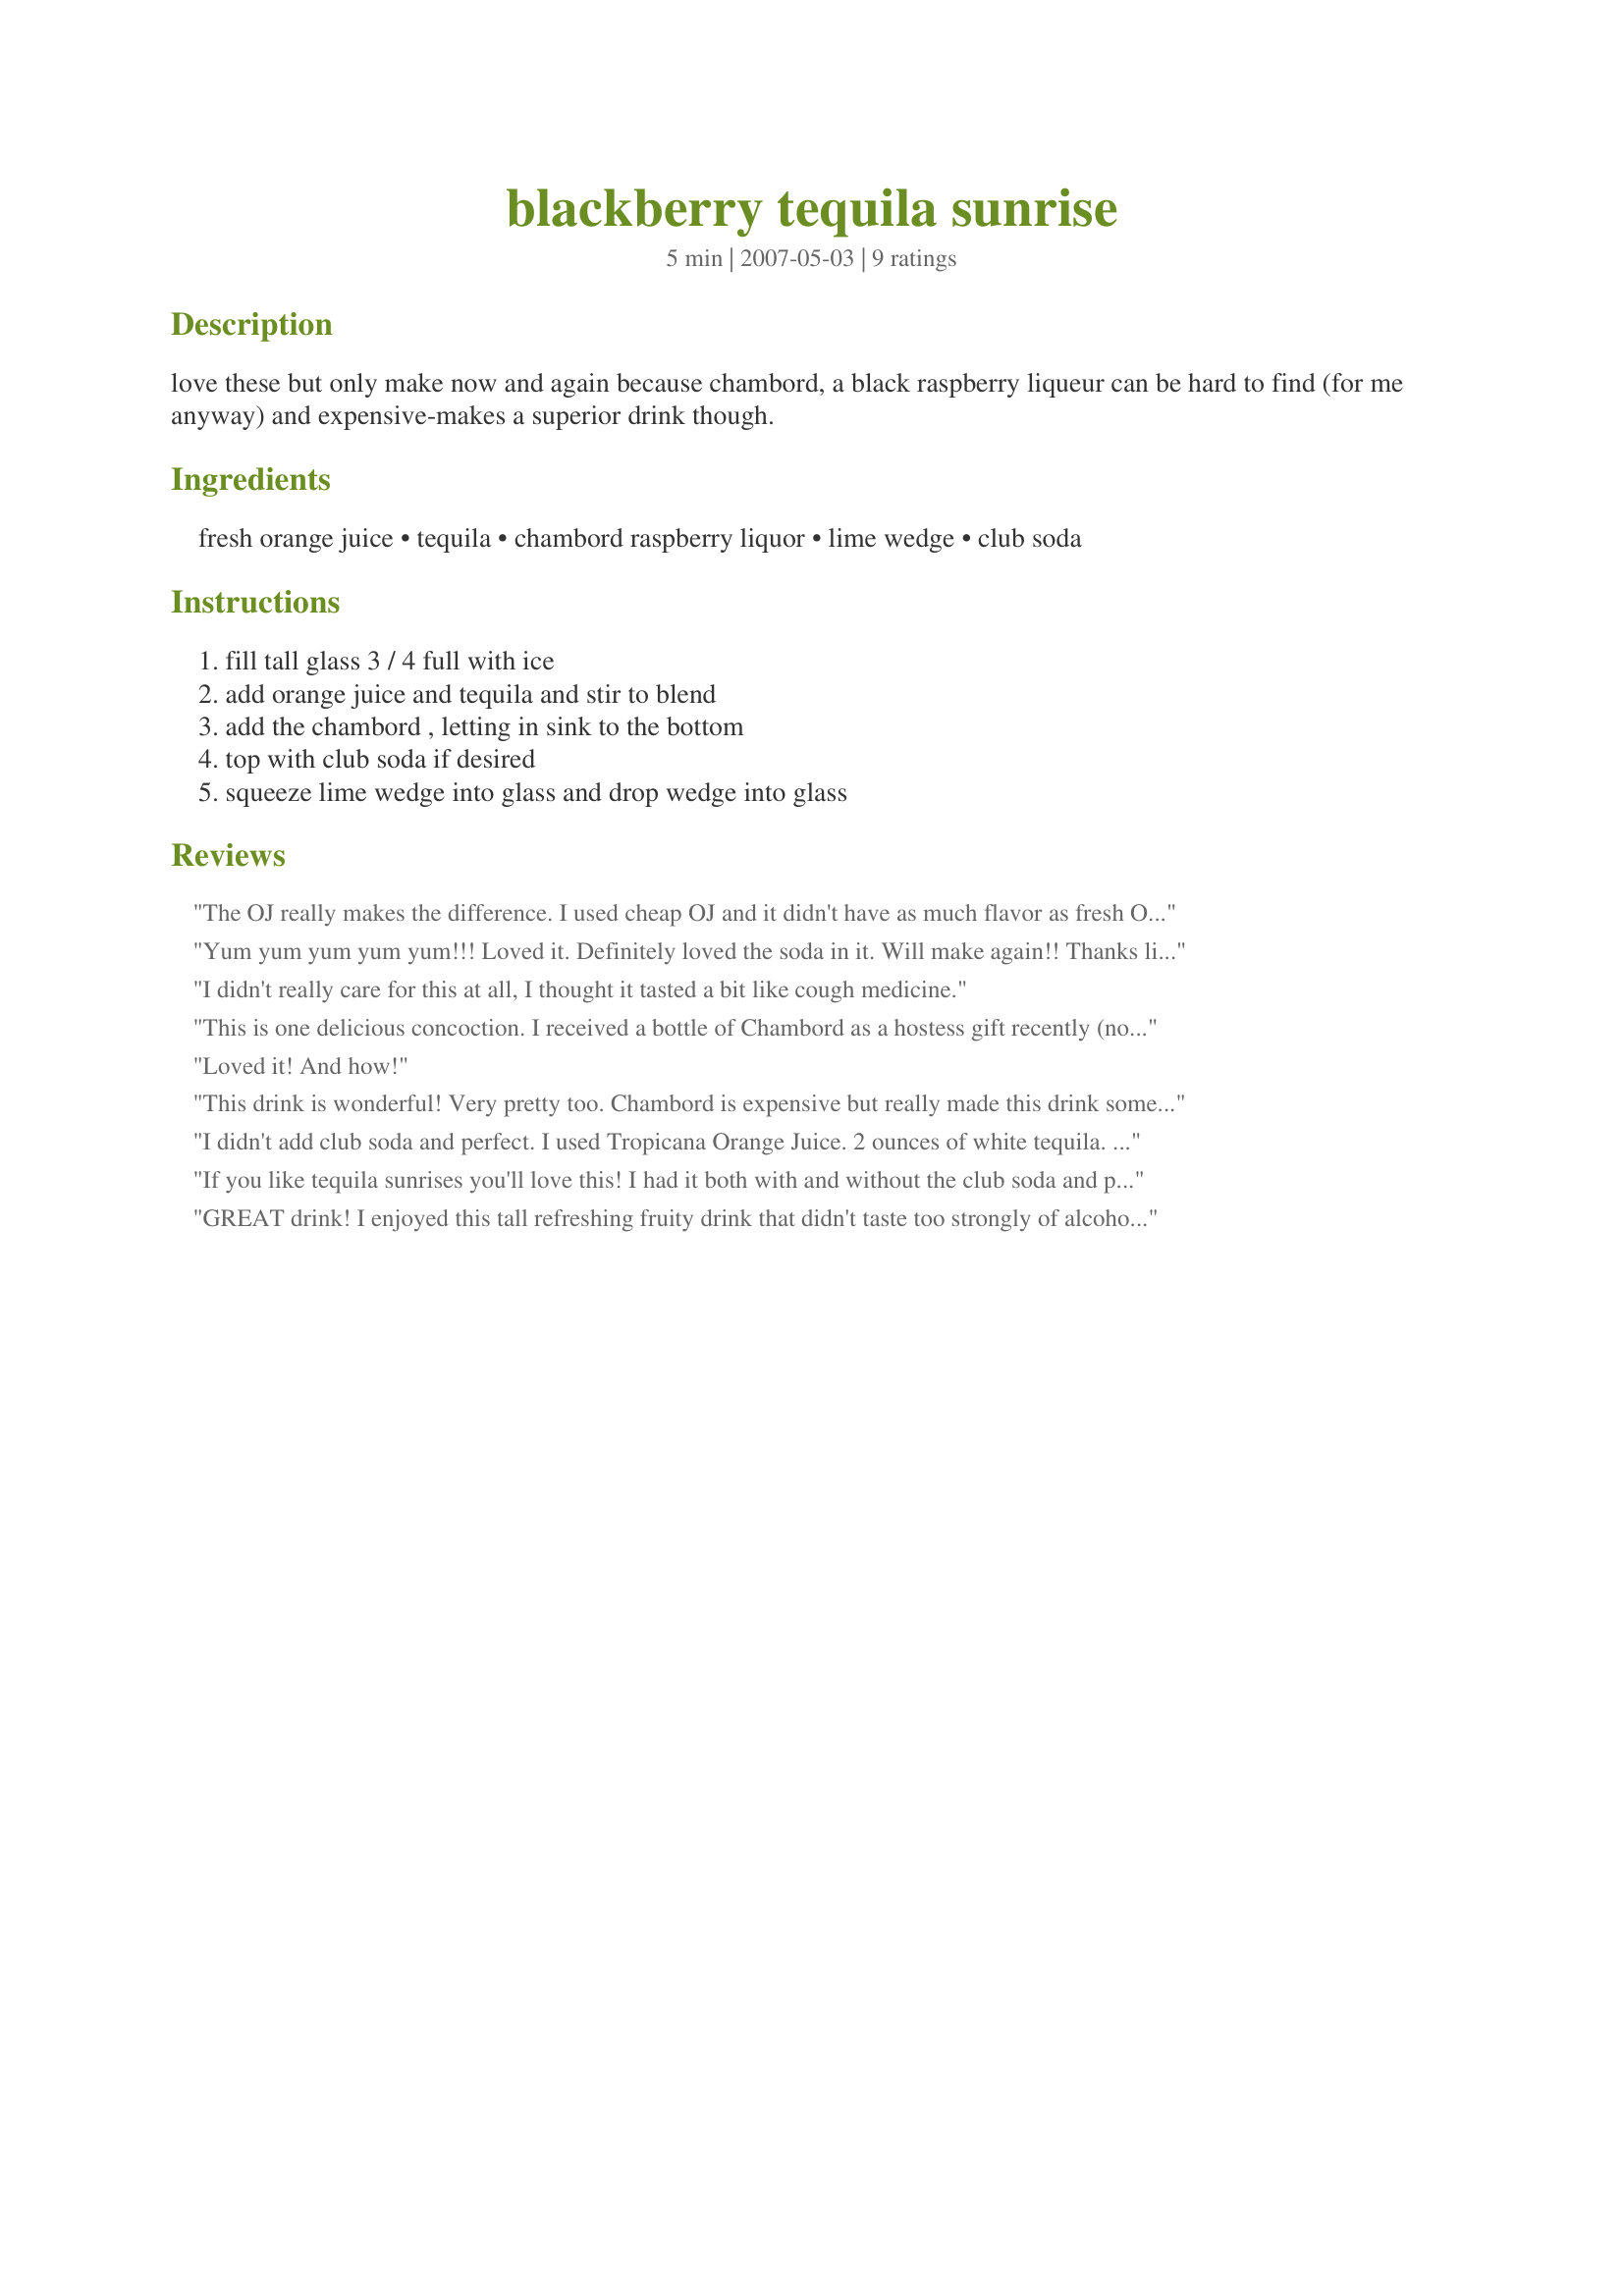
blackberry tequila sunrise
Preparation time: 5 minutes

love these but only make now and again because chambord, a black raspberry liqueur can be hard to find (for me anyway) and expensive-makes a superior drink though.

Ingredients:
fresh orange juice, tequila, chambord raspberry liquor, lime wedge, club soda

Steps:
fill tall glass 3 / 4 full with ice, add orange juice and tequila and stir to blend, add the chambord , letting in sink to the bottom, top with club soda if desired, squeeze lime wedge into glass and drop wedge into glass

Reviews:
The OJ really makes the difference. I used cheap OJ and it didn't have as much flavor as fresh OJ with pulp. Next time, I'm also going to drop the club soda. It watered down the OJ too much. Over all, this was a neat drink.
Yum yum yum yum yum!!! Loved it. Definitely loved the soda in it. Will make again!! Thanks little_wing!!
I didn't really care for this at all, I thought it tasted a bit like cough medicine.
This is one delicious concoction. I received a bottle of Chambord as a hostess gift recently (not too shabby, huh!) and I've never had it before. This drink recipe seemed like a fun way to try it out. This is a pretty drink, smooth and refreshing on a summer afternoon... I capped ours off with a splash of club soda and love that little fizz. Great!
Loved it! And how!
This drink is wonderful! Very pretty too. Chambord is expensive but really made this drink something special. Thanks for the post! ZWT 3
I didn't add club soda and perfect. I used Tropicana Orange Juice. 2 ounces of white tequila. It's easy to do directly in the glass. Beautiful to look at. And strong mmmm :P Made for ZWT 3
If you like tequila sunrises you'll love this! I had it both with and without the club soda and preferred it without. Thanks Little wing!
GREAT drink! I enjoyed this tall refreshing fruity drink that didn't taste too strongly of alcohol. I do think the club soda and lime juice are a must otherwise I can see it tasting a bit like cough medicine as momaphet said. Made for the Beverage tag game.
